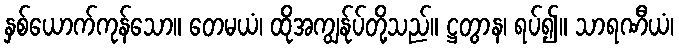
နှစ်ယောက်ကုန်သော။ တေမယံ၊ ထိုအကျွန်ုပ်တို့သည်။ ဋ္ဌတွာန၊ ရပ်၍။ သာရဏီယံ၊